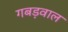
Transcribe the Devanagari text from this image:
गबड़वाल